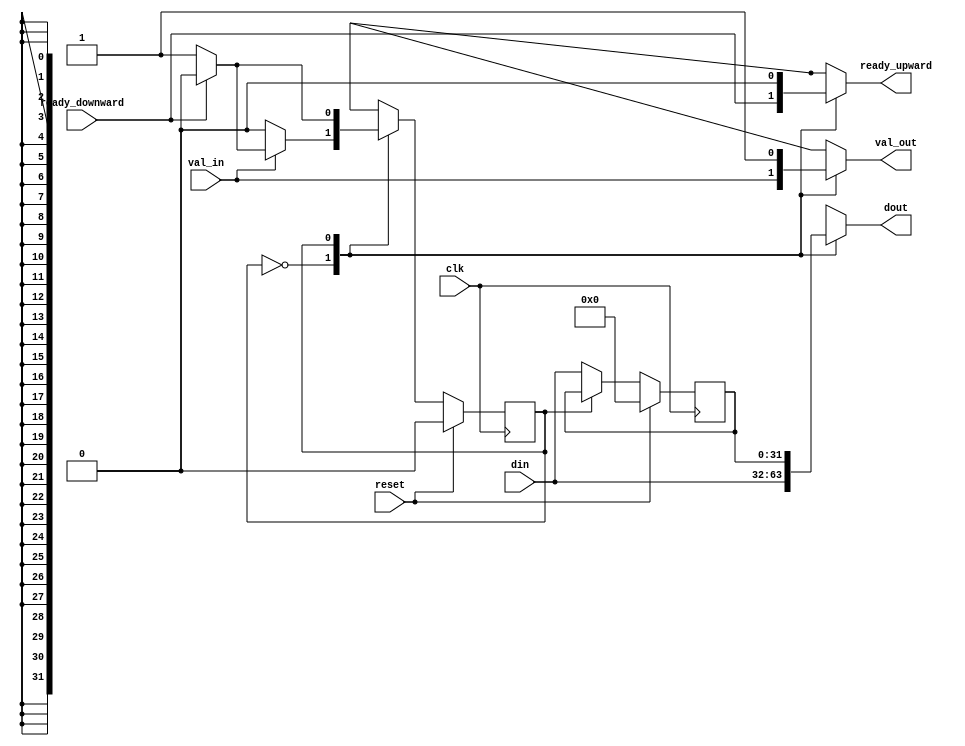
module riscv2consumer#(
  parameter DATA_WIDTH = 32
  )(
  input clk,
  input reset,
  input [DATA_WIDTH-1:0] din,
  input val_in,
  output reg ready_upward,
  output reg [DATA_WIDTH-1:0] dout,
  output reg val_out,
  input ready_downward
  );

  parameter TR = 1'b0; //transparent
  parameter RE = 1'b1; //resend

  reg state, next_state;
  reg [DATA_WIDTH-1:0] dtmp;

  always@(posedge clk) begin
    if(reset) state <= TR;
    else state <= next_state;
  end


  always@(*) begin
    case(state)
      TR: begin
        if(val_in == 0) begin
          next_state = TR;
        end else if (ready_downward == 1) begin
          next_state = TR;
        end else begin
          next_state = RE;
        end
      end

      RE: begin
        if(ready_downward == 1) begin
          next_state = TR;
        end else begin
          next_state = RE;
        end
      end
    endcase
  end

  always@(posedge clk) begin
    if(reset) begin
      dtmp <= 0;
    end else if(state == TR) begin
      dtmp <= din;
    end else begin
      dtmp <= dtmp;
    end
  end

   always@(*) begin
    case(state)
      TR: begin
        ready_upward = ready_downward;
        val_out = val_in;
        dout = din;
      end

      RE: begin
        ready_upward = 0;
        val_out = 1;
        dout = dtmp;
      end
    endcase
  end

 

endmodule